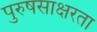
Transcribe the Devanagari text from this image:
पुरुषसाक्षरता